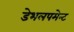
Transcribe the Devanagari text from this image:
डेभलपमेन्ट